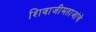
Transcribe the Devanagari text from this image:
शिवाजीमहाजांचे